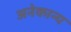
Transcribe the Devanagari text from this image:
अनेकान्य